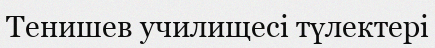
Тенишев училищесі түлектері